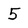
Character: 5